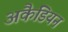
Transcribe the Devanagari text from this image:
अकैडियन